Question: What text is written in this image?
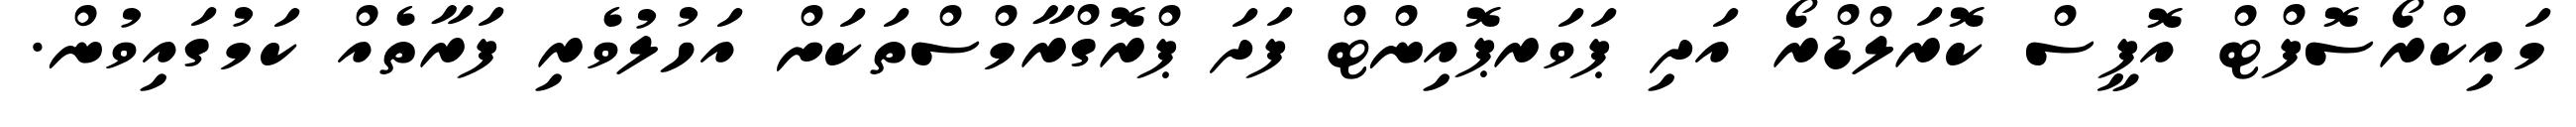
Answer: މައިކްރޯސޮފްޓް އޮފީސް ކޮރަލްޑްރޯ އަދި ޕަވަރޕޮއިންޓް ފަދަ ޕްރޮގްރާމްސްތަކަށް އަހުލުވެރި ފަރާތެއް ކަމުގައިވުން.